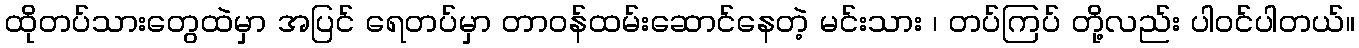
ထိုတပ်သားတွေထဲမှာ အပြင် ရေတပ်မှာ တာဝန်ထမ်းဆောင်နေတဲ့ မင်းသား ၊ တပ်ကြပ် တို့လည်း ပါဝင်ပါတယ်။